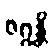
ဇဂ္ဂန္တိ